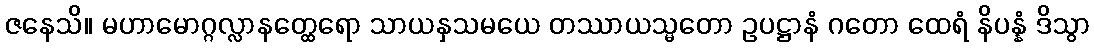
ဇနေသိ။ မဟာမောဂ္ဂလ္လာနတ္ထေရော သာယနှသမယေ တဿာယသ္မတော ဥပဋ္ဌာနံ ဂတော ထေရံ နိပန္နံ ဒိသွာ